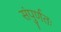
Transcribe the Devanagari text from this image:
संपुर्णतः